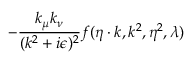
- { \frac { k _ { \mu } k _ { \nu } } { ( k ^ { 2 } + i \epsilon ) ^ { 2 } } } f ( \eta \cdot k , k ^ { 2 } , \eta ^ { 2 } , \lambda )